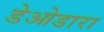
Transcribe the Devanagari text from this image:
डेओडारा